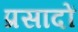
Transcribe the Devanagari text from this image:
प्रसादों